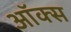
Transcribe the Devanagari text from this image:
ऑक्‍स